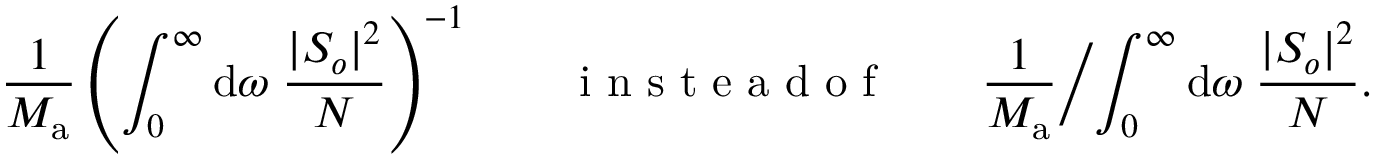
\frac { 1 } { M _ { \mathrm { a } } } \left( \int _ { 0 } ^ { \infty } \mathrm { d } \omega \; \frac { | S _ { o } | ^ { 2 } } { N } \right) ^ { - 1 } \qquad \mathrm { ~ i ~ n ~ s ~ t ~ e ~ a ~ d ~ o ~ f ~ } \qquad \frac { 1 } { M _ { \mathrm { a } } } \biggl / \int _ { 0 } ^ { \infty } \mathrm { d } \omega \; \frac { | S _ { o } | ^ { 2 } } { N } .